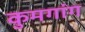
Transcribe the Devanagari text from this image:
कुमगांग